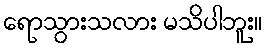
ရောသွားသလား မသိပါဘူး။